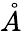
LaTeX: \mathring{A}